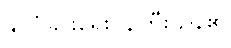
နိုင်ငံခြားရေးဝန်ကြီးဌာန၏